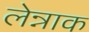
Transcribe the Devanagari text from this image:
लेन्नाक